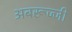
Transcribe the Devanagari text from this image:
अबरूज्जी